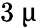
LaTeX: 3~\upmu